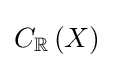
C_{\mathbb {R} }\left(X\right)